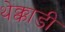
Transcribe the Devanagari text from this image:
थेक्काडी